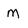
Character: M